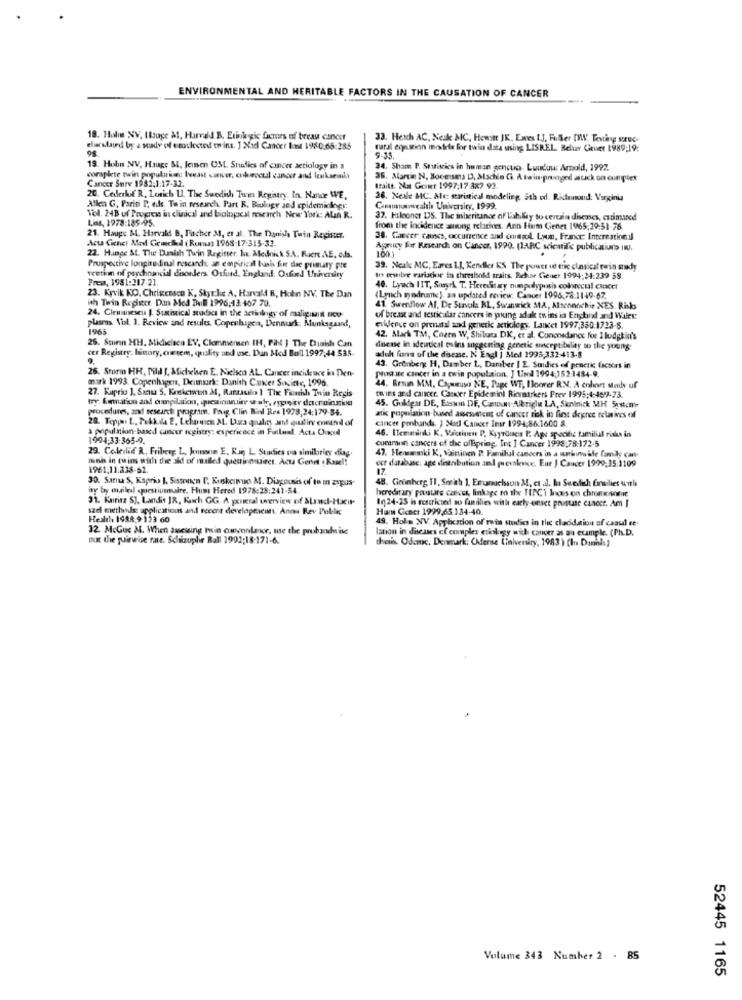
ENVIRONMENTAL AND HERITABLE FACTORS IN THE CAUSATION OF CANCER
18. Holm XV. Hauge À1, Harvald B. Etiokygic fumes of breau cancer
33. Hesch AC, Neak MC, Hewitt JK, Ewes L.J, Fuller WWW. Testing sorec-
elarstand by a suxdy of stockcund twins. ] Nad Cancer Inst 1980.65:285
rural equustion inorte for twin data using LISREL. Belar Guet 1989:19:
19. Hohn NV, Hauge &, Jeinen UML. Studies of cancer aetiology in a
34. Sham P. Stuisics in human genctio. Lunduu: Arnold, 1992.
complete twin populuring breast cancer, coheocul cancer and leukseinla
Cancer Surve 1982,1:17-32.
36. Martin N, Boomsma DO, Mschin Ci. A twin-pronged attack on cumples
traits. Nat Gonet 1997:17.387 92
20. Cederkif R. Lorich U. The Swedish Towns Registry. In. Nance WE,
26. Neale MC. Me maristical modeling 9th cd. Ridemand: Virginia
Allen G, Parisi P. es. To in research. Part R. Biology and epidemiology.
Canmarcalthe University, 1999.
Vol. 248 of Progress in clinical and biological research New York: Alan R.
Liss, 1978:185-95.
37. Falconer 175. The inheritance of lichilly to certain diseases, estimated
from the incidence among relatives. Ann Fiam Genet 1965,29:51-76.
21. Hauge ML. Harvald B. Fischer M, et al. The Danisha Twin Register.
Acta Cienci Med Gemedled (Roma) 1968-17:315-32.
38. Cancer causes, occurrence and control. Lyon, France International
Asnicy For Research on Cancer, 1990. (IARC scientific publications INU.
100 1
22. Hunge &t. The Danish Twin Register. It. Alednick S.A. Rire AE, eds.
Prospective longitudinal rescandy. an empirical tusi for the primary pre
39. Neale MC, Eares LI, Kender K'S The power ut exc clasicat rain study
westin of psychoacial disorders. Osfurd, England: Oxford University
Press, 1981:217-21.
In myile variachor in threshold traits. Behar Cienet 1994:24:239 58.
40. Lynch IIT, Sansk T. Hereditary numpolyposis colorectal cancer
23. Kyvik NO, Chrisenscu K, Styr:lic A. Harvald B, Hohn NV. The Dan
ith Twin Register. Dan Med Ball 1996,43-407 70.
(Lynch syndrome), an updated review. Cancer 1996.78.1149-67.
41. Swerdlow Al, De Stavola BL, Swanwick MA, Alsconnchir XES. Risks
24. Clemuneseu J. Statistical studica in the actinlogy of maligiMin Bou
of breast and testicalar cancers in young adale to ins in England and Wales:
plasms. Vol. 1. Review and results. Copenhagen, Dennurk Munksgaard,
1965
evidence on preissal and genetic actiology. Lancet 1997,350:1728-8.
25. Stuen HH, Midicisca EV, Clemmensen IH, Fint } The Danish Can
42. Mark TM, Chern W, Shiluca DK, et al. Concordance for 1hodgkin's
cer Registry. hinory, outem, quality and use. Dan Med Bull1997:44.535-
dueuse in identical mins suggesting genetic onceptbalay to the young-
9.
adult fona uf the disease. N Engl J Med 1995,332-413-8
26. Storm HH, Pilil J. Michelsen E. Nielsen AL, Cancer incidence in Den-
43. Grönberg H, Damber L, Damber | E. Soudies of generic factors in
posite Cancer in a twin population. J Und 1994,1521484-9.
mark 1993. Copenhagen, Denmark: Danish Cancer Sixintr, 1996.
27. Kuprio ], Sanu 5. Knekemwenn M, Rassaulo 1 The Finish Tuin Regis
44. Braun MM, Capurso NE, Page WE, Iloorer R.N. A cohort study of
try. formation and compilation, questionnaire stal, roper docuink
twins and cancer. Cancer Epideminl Rinnstrkers Prev 1995:4:4697-73
procedures, and research program. Foug Clin Rinl Res 1978,24:179-54.
45. Guldgar DE, Easam DF, Cam-Alright LA, Skolnick MH System'-
20. Toppar L, Pekkadle E, Lekomen AL. Dura quality and qualirv oneand of
antic population based assessment of cancer risk in first degree relatives of
cancer ponbunds. J Nul Cancer Insr 1994,86:1600 8.
a population-based cancer registry: experience in Funlual. Acta Oncd
1994:33:365-0.
46. ITenminki K, Vaistinen P. Kyyrduein I: Age spacthe familial risks in
comaraun cancers of the ofspring. Iot ] Cancer 1998,78:172-5
29. Colecliff R, Friberg L, Jonsson E, Kii L. Studies va similaricy diay.
mni in tuins with the aid of mailed questinouines. Acta Gente . Rase !!
47. Hemmaki K, Vaintinen P. Familial cancers in a workmaide family can-
ocr database: age distribution and prevalence. Eur J Cancer 1999,35:1109
1961:11:238-62
30. Sarna S, Kapri J, Sistonnen P, Kuskenmuo M. Diagnosis of to m zypus-
48. Grünberg II. Smith 1, Enundelsson M. et al. In Swedish Ensilies with
wy by mailel <piestiusmaire. Humi Hered 1978:28:241-54
hereditary povotre canvet, linkage to the TIPCi Inos en chrom sonic
31. Karinz 5], Landis JR, Kuch GG. A porral overview of Sand-Hxci
sad methods: applications and rocont developeicats. Anou Rev Public
1024-25 is restricted no fandlies with early-onset pruisuse cancer. Am I
Hum Gcoct 1999,65 134-40.
Health, 1988 9-123 60
49. Hola XV. Application of twin studies in the cladidaion of caasl ee-
32 MoGue M. When suscuing Isin conlaice, use the probandoise
lation in dieuses cf comples etiology with cancer as an example. (Ph.D.
dox the quirwise rate. Schizuplie Ball 1991:18-171-6.
thais. Odame, Denmark: Oderse University, 1983 ) (In Danalı)
Volume 343 Number 2 . 85
52445 1165